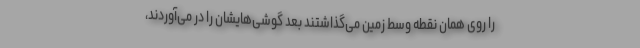
را روی همان نقطه وسط زمین می‌گذاشتند بعد گوشی‌هایشان را در می‌آوردند،